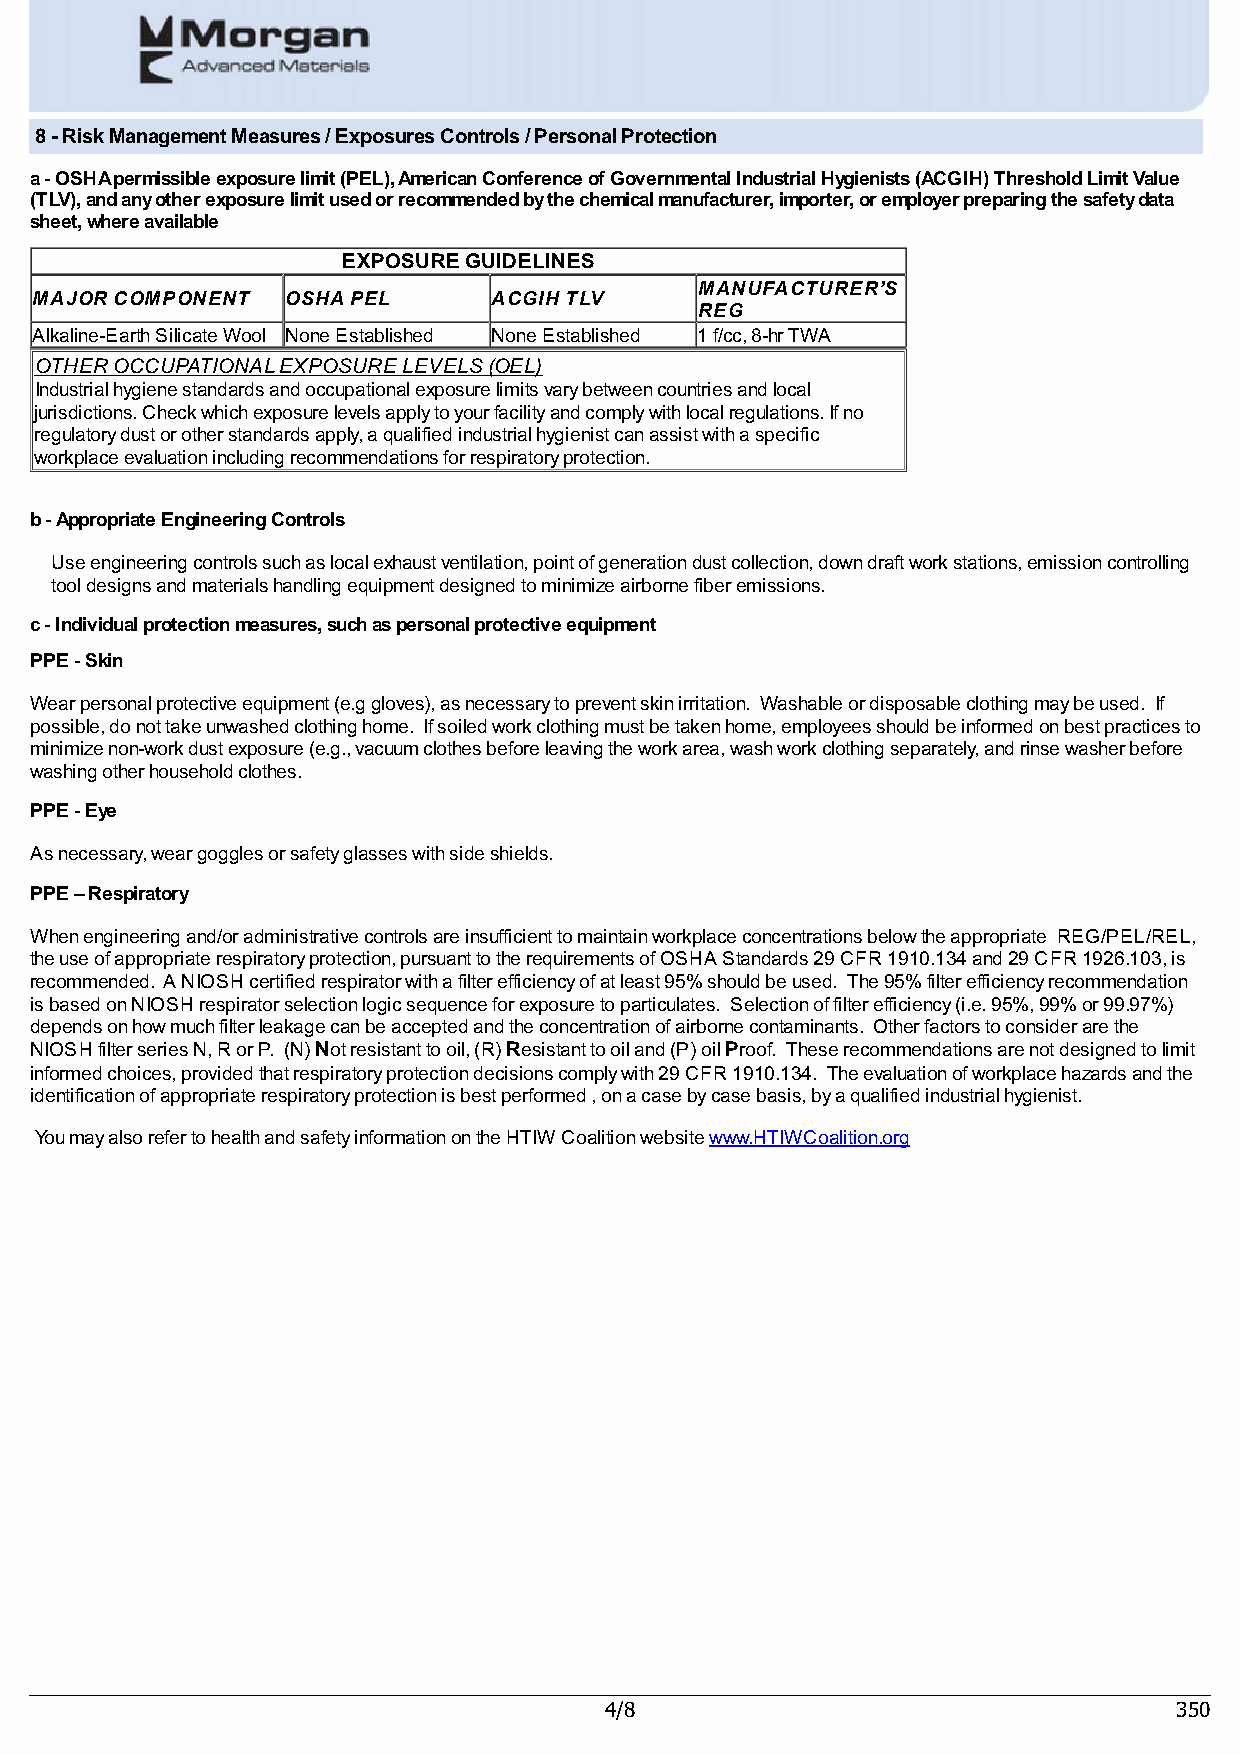
8 - Risk Management Measures / Exposures Controls / Personal Protection
 a - OSHA permissible exposure limit (PEL), American Conference of Governmental Industrial Hygienists (ACGIH) Threshold Limit Value
 (TLV), and any other exposure limit used or recommended by the chemical manufacturer, importer, or employer preparing the safety data
 sheet, where available
 EXPOSURE GUIDELINES
 MANUFACTURER’S
 MAJOR COMPONENT  OSHA PEL      ACGIH TLV
 REG
 Alkaline-Earth Silicate Wool None Established None Established 1 f/cc, 8-hr TWA
 OTHER OCCUPATIONAL EXPOSURE LEVELS (OEL)
 Industrial hygiene standards and occupational exposure limits vary between countries and local
 jurisdictions. Check which exposure levels apply to your facility and comply with local regulations. If no
 regulatory dust or other standards apply, a qualified industrial hygienist can assist with a specific
 workplace evaluation including recommendations for respiratory protection.
 b - Appropriate Engineering Controls
 Use engineering controls such as local exhaust ventilation, point of generation dust collection, down draft work stations, emission controlling
 tool designs and materials handling equipment designed to minimize airborne fiber emissions.
 c - Individual protection measures, such as personal protective equipment
 PPE - Skin
 Wear personal protective equipment (e.g gloves), as necessary to prevent skin irritation. Washable or disposable clothing may be used. If
 possible, do not take unwashed clothing home. If soiled work clothing must be taken home, employees should be informed on best practices to
 minimize non-work dust exposure (e.g., vacuum clothes before leaving the work area, wash work clothing separately, and rinse washer before
 washing other household clothes.
 PPE - Eye
 As necessary, wear goggles or safety glasses with side shields.
 PPE – Respiratory
 When engineering and/or administrative controls are insufficient to maintain workplace concentrations below the appropriate REG/PEL/REL,
 the use of appropriate respiratory protection, pursuant to the requirements of OSHA Standards 29 CFR 1910.134 and 29 CFR 1926.103, is
 recommended. A NIOSH certified respirator with a filter efficiency of at least 95% should be used. The 95% filter efficiency recommendation
 is based on NIOSH respirator selection logic sequence for exposure to particulates. Selection of filter efficiency (i.e. 95%, 99% or 99.97%)
 depends on how much filter leakage can be accepted and the concentration of airborne contaminants. Other factors to consider are the
 NIOSH filter series N, R or P. (N) Not resistant to oil, (R) Resistant to oil and (P) oil Proof. These recommendations are not designed to limit
 informed choices, provided that respiratory protection decisions comply with 29 CFR 1910.134. The evaluation of workplace hazards and the
 identification of appropriate respiratory protection is best performed , on a case by case basis, by a qualified industrial hygienist.
 You may also refer to health and safety information on the HTIW Coalition website www.HTIWCoalition.org
 4/8                                   350